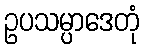
ဥပသမ္ပာဒေတုံ